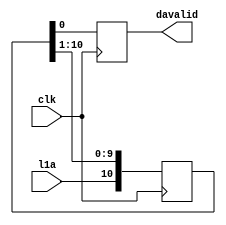
// This  Verilog HDL  source  file was  automatically generated
// by C++ model based on VPP library. Modification of this file
// is possible, but if you want to keep it in sync with the C++
// model,  please  modify  the model and re-generate this file.
// VPP library web-page: http://www.phys.ufl.edu/~madorsky/vpp/

// Timestamp : Thu Jun 13 12:53:26 2013

module davgen
(
    l1a,
    davalid,
    clk
);

    input l1a;
    output davalid;
    reg    davalid;
    input clk;

    reg [10:0] l1a_sh;
    always @(posedge clk) 
    begin
        davalid = l1a_sh[0];
        l1a_sh = {l1a, l1a_sh[10:1]};
    end
endmodule